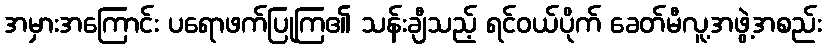
အမှားအကြောင်း ပရောဖက်ပြုကြ၏ သန်းချီသည့် ရင်ဝယ်ပိုက် ခေတ်မီလူ့အဖွဲ့အစည်း